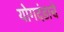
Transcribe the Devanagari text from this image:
योगदंडाचे